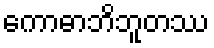
ကောဓာဘိဘူတဿ